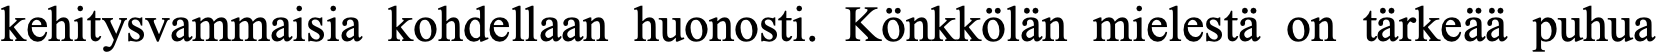
kehitysvammaisia kohdellaan huonosti. Könkkölän mielestä on tärkeää puhua